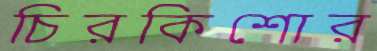
চিরকিশোর